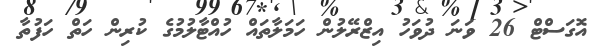
އޮގަސްޓް 26 ވަނަ ދުވަހު އިޒްރޭލުން ހަމަލާތައް ހުއްޓާލުމުގެ ކުރިން ހަތް ހަފުތާ